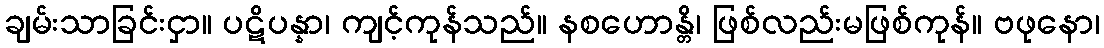
ချမ်းသာခြင်းငှာ။ ပဋိပန္နာ၊ ကျင့်ကုန်သည်။ နစဟောန္တိ၊ ဖြစ်လည်းမဖြစ်ကုန်။ ဗဖုနော၊